Leaving Certificate Examination, 1909
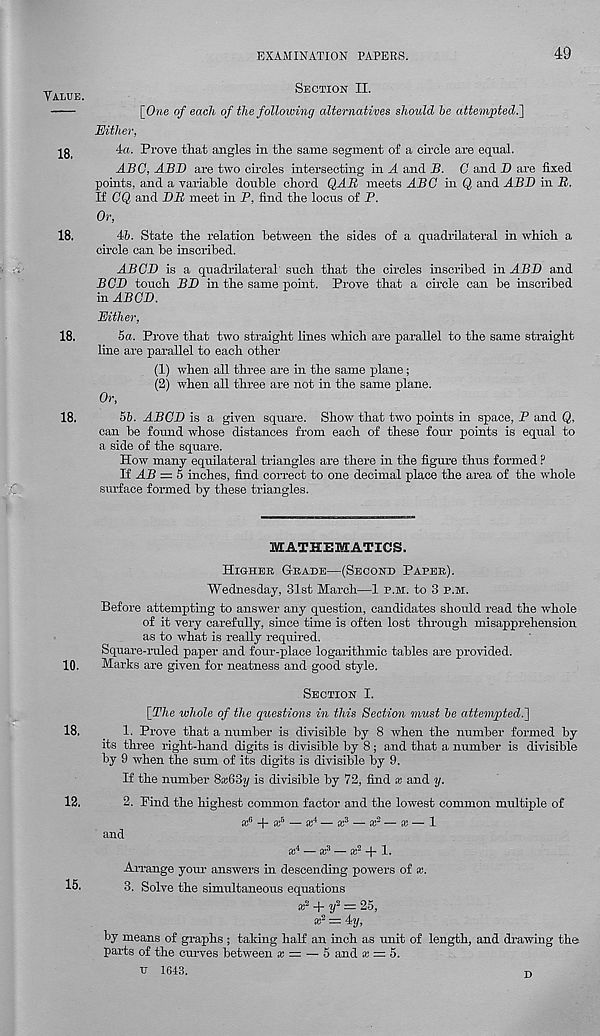
EXAMINATION PAPERS.
49
Value.
18.
18.
Section II.
[One of each of the following alternatives should he attempted.']
Either,
4a. Prove tliat angles in the same segment of a circle are equal.
ABC, ABB are two circles intersecting in A and B. C and B are fixed
points, and a variable double chord QAB, meets ABC in Q and ABB in B.
If OQ and BB meet in P, find the locus of P.
Or,
46. State the relation between the sides of a quadrilateral in which a
circle can be inscribed.
ABCB is a quadrilateral such that the circles inscribed in ABB and
BCB touch BB in the same point. Prove that a circle can be inscribed
in ABCB.
Either,
18.
5a. Pi’ove that two straight lines which are parallel to the same straight
line are parallel to each other
(1) when all three are in the same plane;
(2) when all three are not in the same plane.
Or,
18.
56. ABCB is a given square. Show that two points in space, P and Q.
can be found whose distances from each of these four points is equal to
a side of the square.
How many equilateral triangles are there in the figure thus formed ?
If AB = 5 inches, find correct to one decimal place the area of the whole
surface formed by these triangles.
MATHEMATICS.
Higheb Gbade—(Second Paper) .
"Wednesday, 31st March—1 P.M. to 3 P.M.
Before attempting to answer any question, candidates should read the whole
of it very carefully, since time is often lost through misapprehension
as to what is really required.
Square-ruled paper and four-place logarithmic tables are provided.
10. Marks are given for neatness and good style.
Section I.
[The whole of the questions in this Section must he attempted.]
18.
1. Prove that a number is divisible by 8 when the number formed by
its three right-hand digits is divisible by 8; and that a number is divisible
by 9 when the sum of its digits is divisible by 9.
If the number 8a:63i/ is divisible by 72, find x and y.
12.
2. Find the highest common factor and the lowest common multiple of
a: 6 + a; 5 — * 4 — * 3 — a: 3 — x — 1
and
a: 4 — a; 3 — a; 2 + 1.
Arrange your answers in descending powers of x.
15.
3. Solve the simultaneous equations
as' 4 + ?/ 2 = 25,
x 2 — 4-y,
by means of graphs ; taking half an inch as unit of length, and drawing the
parts of the curves between x z=. — 5 and as = 5.
u 1643.
r,